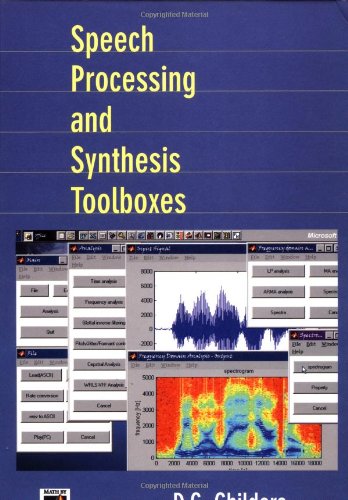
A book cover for Speech Processing and Synthesis Toolboxes; D. G. Childers; Computers & Technology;